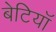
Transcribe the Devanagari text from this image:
बेटियाॅ